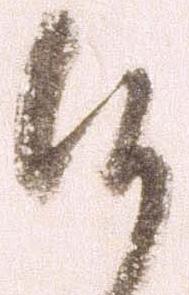
候